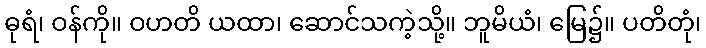
ဓုရံ၊ ဝန်ကို။ ဝဟတိ ယထာ၊ ဆောင်သကဲ့သို့။ ဘူမိယံ၊ မြေ၌။ ပတိတုံ၊